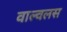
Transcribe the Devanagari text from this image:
वाल्वलस